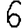
Digit: 6